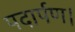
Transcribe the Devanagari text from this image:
पदार्पण।